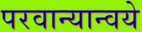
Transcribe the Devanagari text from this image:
परवान्यान्वये